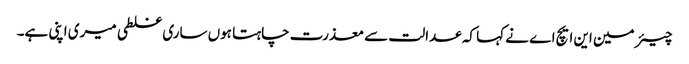
چیئر مین این ایچ اے نے کہا کہ عدالت سے معذرت چاہتا ہوں ساری غلطی میری اپنی ہے۔